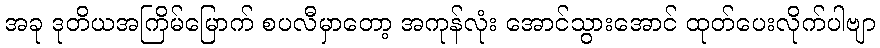
အခု ဒုတိယအကြိမ်မြောက် စပလီမှာတော့ အကုန်လုံး အောင်သွားအောင် ထုတ်ပေးလိုက်ပါဗျာ